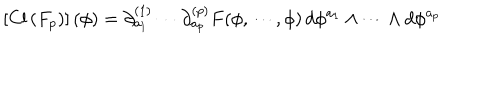
\left[ \mathrm { C l } \left( F _ { p } \right) \right] ( \phi ) = \partial _ { a _ { 1 } } ^ { ( 1 ) } \cdots \partial _ { a _ { p } } ^ { ( p ) } F ( \phi , \cdots , \phi ) \, d \phi ^ { a _ { 1 } } \wedge \cdots \wedge d \phi ^ { a _ { p } }